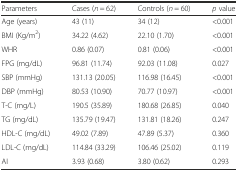
| Parameters | Cases (n = 62) | Controls (n = 60) | p value |
 | --- | --- | --- | --- |
 | Age (years) | 43 (11) | 34 (12) | <0.001 |
 | BMI (Kg/m2) | 34.22 (4.62) | 22.10 (1.70) | <0.001 |
 | WHR | 0.86 (0.07) | 0.81 (0.06) | <0.001 |
 | FPG (mg/dL) | 96.81 (11.74) | 92.03 (11.08) | 0.027 |
 | SBP (mmHg) | 131.13 (20.05) | 116.98 (16.45) | <0.001 |
 | DBP (mmHg) | 80.53 (10.90) | 70.77 (10.97) | <0.001 |
 | T-C (mg/L) | 190.5 (35.89) | 180.68 (26.85) | 0.040 |
 | TG (mg/dL) | 135.79 (19.47) | 131.81 (18.26) | 0.247 |
 | HDL-C (mg/dL) | 49.02 (7.89) | 47.89 (5.37) | 0.360 |
 | LDL-C (mg/dL) | 114.84 (33.29) | 106.46 (25.02) | 0.119 |
 | AI | 3.93 (0.68) | 3.80 (0.62) | 0.293 |